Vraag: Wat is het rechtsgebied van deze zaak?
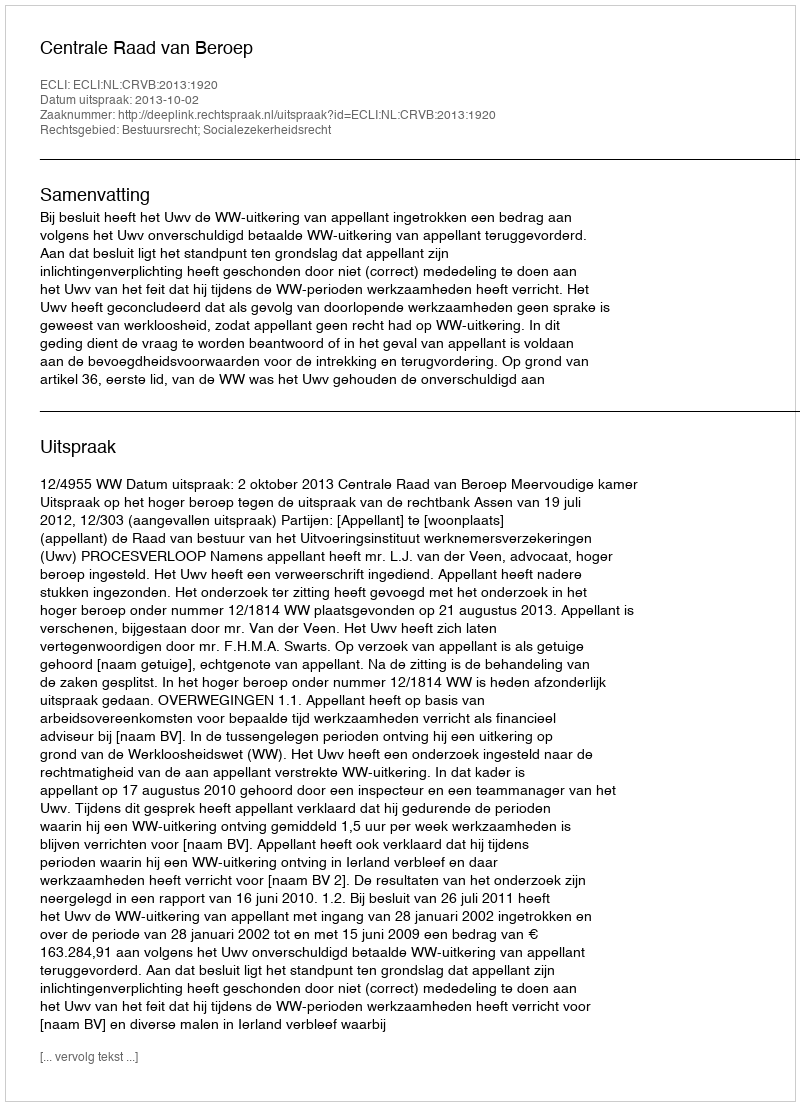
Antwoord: Bestuursrecht; Socialezekerheidsrecht